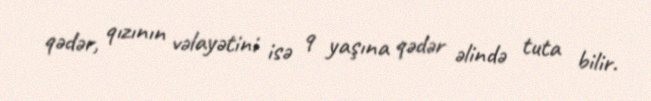
qədər, qızının vəlayətini isə 9 yaşına qədər əlində tuta bilir.